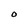
Character: O